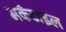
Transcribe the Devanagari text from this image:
मर्कंटाइल